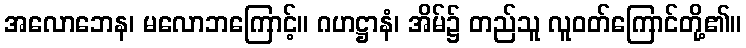
အလောဘေန၊ မလောဘကြောင့်။ ဂဟဋ္ဌာနံ၊ အိမ်၌ တည်သူ လူဝတ်ကြောင်တို့၏။